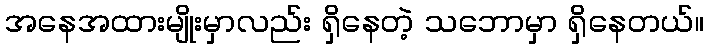
အနေအထားမျိုးမှာလည်း ရှိနေတဲ့ သဘောမှာ ရှိနေတယ်။